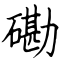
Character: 磡